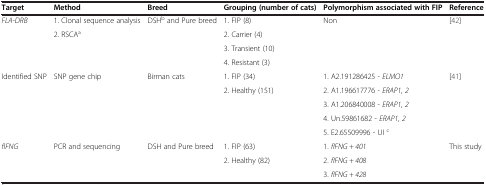
<table><thead><tr><td><b>Target</b></td><td><b>Method</b></td><td><b>Breed</b></td><td><b>Grouping (number of cats)</b></td><td><b>Polymorphism associated with FIP</b></td><td><b>Reference</b></td></tr></thead><tbody><tr><td rowspan="4"><i>FLA-DRB</i></td><td>1. Clonal sequence analysis</td><td rowspan="4">DSH<sup>b</sup> and Pure breed</td><td>1. FIP (8)</td><td rowspan="4">Non</td><td rowspan="4">[42]</td></tr><tr><td rowspan="3">2. RSCA<sup>a</sup></td><td>2. Carrier (4)</td></tr><tr><td>3. Transient (10)</td></tr><tr><td>4. Resistant (3)</td></tr><tr><td rowspan="5">Identified SNP</td><td rowspan="5">SNP gene chip</td><td rowspan="5">Birman cats</td><td>1. FIP (34)</td><td>1. A2.191286425 - <i>ELMO1</i></td><td rowspan="5">[41]</td></tr><tr><td rowspan="4">2. Healthy (151)</td><td>2. A1.196617776 - <i>ERAP1, 2</i></td></tr><tr><td>3. A1.206840008 - <i>ERAP1, 2</i></td></tr><tr><td>4. Un.59861682 - <i>ERAP1, 2</i></td></tr><tr><td>5. E2.65509996 - UI <sup>c</sup></td></tr><tr><td rowspan="2"><i>fIFNG</i></td><td rowspan="2">PCR and sequencing</td><td rowspan="2">DSH and Pure breed</td><td>1. FIP (63)</td><td>1. <i>fIFNG + 401</i></td><td rowspan="2">This study</td></tr><tr><td>2. Healthy (82)</td><td>2. <i>fIFNG + 408</i></td></tr><tr><td colspan="4"> </td><td>3. <i>fIFNG + 428</i></td><td> </td></tr></tbody></table>